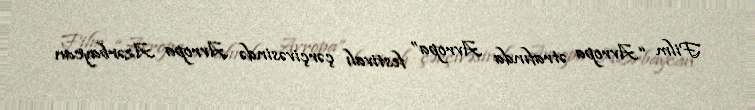
Film “Avropa ətrafında Avropa” festivalı çərçivəsində Avropa Azərbaycan